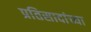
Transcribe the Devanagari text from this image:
प्रतिसादांच्या